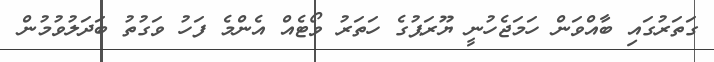
ގަތަރުގައި ބާއްވަން ހަމަޖެހުނީ ޔޫރަޕުގެ ހަތަރު ވޯޓެއް އެންމެ ފަހު ވަގުތު ބަދަލުވުމުން